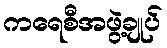
ကရေစီအဖွဲ့ချုပ်